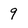
Character: 9